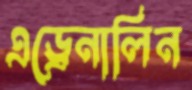
এড্রেনালিন